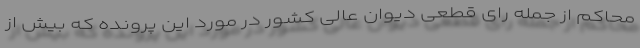
محاکم از جمله رای قطعی دیوان عالی کشور در مورد این پرونده که بیش از